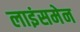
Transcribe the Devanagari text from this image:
लाइंसमेन